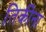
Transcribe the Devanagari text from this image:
तिकीना